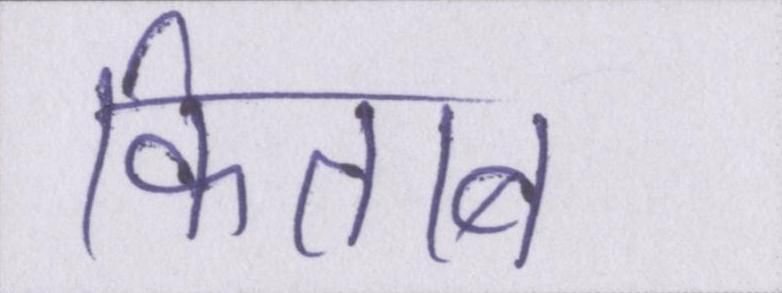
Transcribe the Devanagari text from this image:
किताब